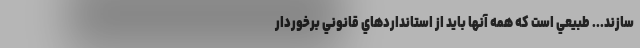
‌سازند... طبيعي است كه همه آنها بايد از استانداردهاي قانوني برخوردار